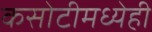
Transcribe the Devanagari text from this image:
कसोटीमध्येही